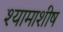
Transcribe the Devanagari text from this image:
श्यामाशीष